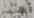
الخضر